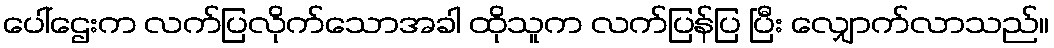
ပေါ်ဌေးက လက်ပြလိုက်သောအခါ ထိုသူက လက်ပြန်ပြ ပြီး လျှောက်လာသည်။